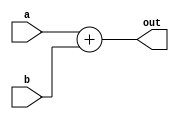
// This program was cloned from: https://github.com/Chair-for-Security-Engineering/fhewsyn
// License: BSD 3-Clause "New" or "Revised" License

module add3(
  input wire [2:0] a,
  input wire [2:0] b,
  output wire [3:0] out
);
  assign out = a + b;
endmodule